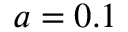
a = 0 . 1